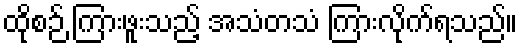
ထိုစဉ် ကြားဖူးသည့် အသံတသံ ကြားလိုက်ရသည်။